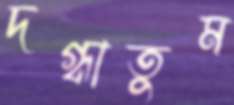
দগ্ধাতুম